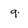
Character: g